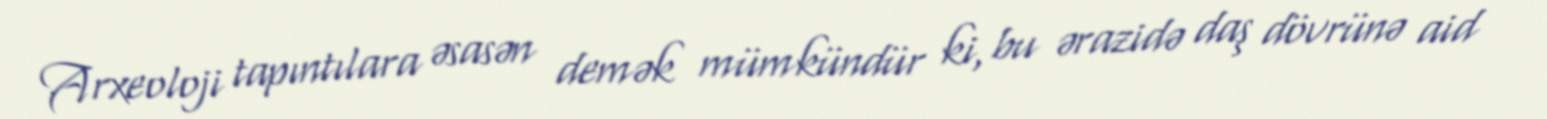
Arxeoloji tapıntılara əsasən demək mümkündür ki, bu ərazidə daş dövrünə aid